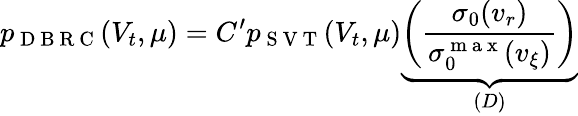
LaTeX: p_{\mathrm{~D~B~R~C~}}(V_{t},\mu)=C^{\prime}p_{\mathrm{~S~V~T~}}(V_{t},\mu)\underbrace{\left(\frac{\sigma_{0}(v_{r})}{\sigma_{0}^{\mathrm{~m~a~x~}}(v_{\xi})}\right)}_{(D)}